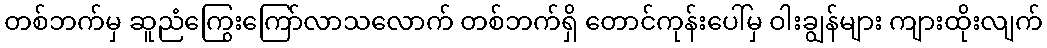
တစ်ဘက်မှ ဆူညံကြွေးကြော်လာသလောက် တစ်ဘက်ရှိ တောင်ကုန်းပေါ်မှ ဝါးချွန်များ ကျားထိုးလျက်